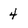
Character: 4